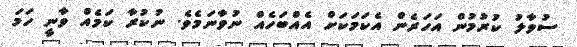
ސުވާލު ކުރުމުން އަހަރެން އެކަމަކަށް އެއްބަހެއް ނުވާނަމެވެ. ނުކުރާ ކަމެއް ވާނީ ހަމަ